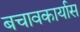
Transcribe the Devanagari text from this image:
बचावकार्यास